Civil Veterinary Department ledger series I-VI
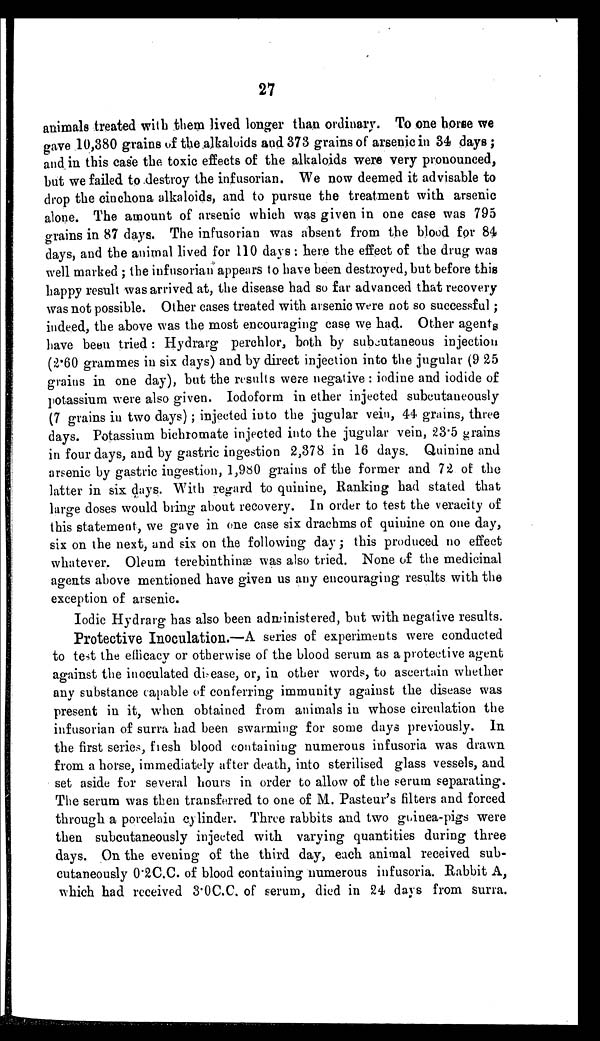
27
animals treated with them lived longer than ordinary. To one horse we
gave 10,380 grains of the alkaloids and 373 grains of arsenic in 34 days;
and in this case the toxic effects of the alkaloids were very pronounced,
but we failed to destroy the infusorian. We now deemed it advisable to
drop the cinchona alkaloids, and to pursue the treatment with arsenic
alone. The amount of arsenic which was given in one case was 795
grains in 87 days. The infusorian was absent from the blood for 84
days, and the animal lived for 110 days: here the effect of the drug was
well marked; the infusorian appears to have been destroyed, but before this
happy result was arrived at, the disease had so far advanced that recovery
was not possible. Other cases treated with arsenic were not so successful;
indeed, the above was the most encouraging case we had. Other agents
have been tried: Hydrarg perchlor, both by subcutaneous injection
(2.60 grammes in six days) and by direct injection into the jugular (9 25
grains in one day), but the results were negative: iodine and iodide of
potassium were also given. Iodoform in ether injected subcutancously
(7 grains in two days); injected into the jugular vein, 44 grains, three
days. Potassium bichromate injected into the jugular vein, 23.5 grains
in four days, and by gastric ingestion 2,378 in 16 days. Quinine and
arsenic by gastric ingestion, l,9s0 grains of the former and 72 of the
latter in six days. With regard to quinine, Ranking bad stated that
large doses would bring about recovery. In order to test the veracity of
this statement, we gave in one case six drachms of quinine on one day,
six on the next, and six on the following day; this produced no effect
whatever. Oleum terebinthinæ was also tried. None of the medicinal
agents above mentioned have given us any encouraging results with the
exception of arsenic.
Iodic Hydrarg has also been administered, but with negative results.
Protective Inoculation.—A series of experiments were conducted
to test the efficacy or otherwise of the blood serum as a protective agent
against the inoculated diecase, or, in other words, to ascertain whether
any substance capable of conferring immunity against the disease was
present in it, when obtained from animals in whose circulation the
infusorian of surra had been swarming for some days previously. In
the first series, fresh blood containing numerous infusoria was drawn
from a horse, immediately after death, into sterilised glass vessels, and
set aside for several hours in order to allow of the serum separating.
The serum was then transferred to one of M. Pasteur's filters and forced
through a porcelaiu cylinder. Three rabbits and two gainea-pigs were
then subcutaneously injected with varying quantities during three
days. On the evening of the third day, each animal received sub-
cutaneously 0.2C.C. of blood containing numerous infusoria. Rabbit A,
which had received 3.0C.C. of serum, died in 24 days from surra.